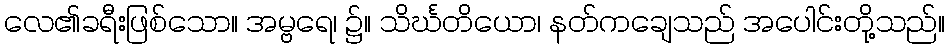
လေ၏ခရီးဖြစ်သော။ အမ္ဗရေ၊ ၌။ သိင်္ဃတိယော၊ နတ်ကချေသည် အပေါင်းတို့သည်။